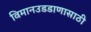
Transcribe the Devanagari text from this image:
विमानउडडाणासाठी